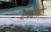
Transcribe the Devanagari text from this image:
वाक्यता